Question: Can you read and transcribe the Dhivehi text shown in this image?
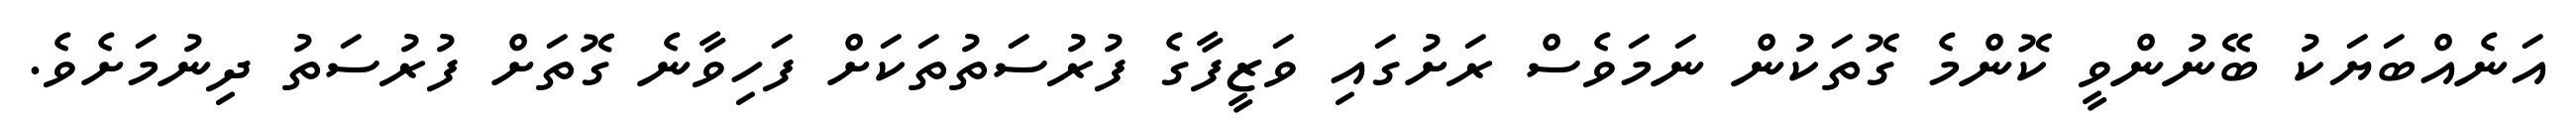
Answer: އަނެއްބަޔަކު ބޭނުންވީ ކޮންމެ ގޮތަކުން ނަމަވެސް ރަށުގައި ވަޒީފާގެ ފުރުސަތުތަކަށް ފަހިވާނެ ގޮތަށް ފުރުސަތު ދިނުމަށެވެ.